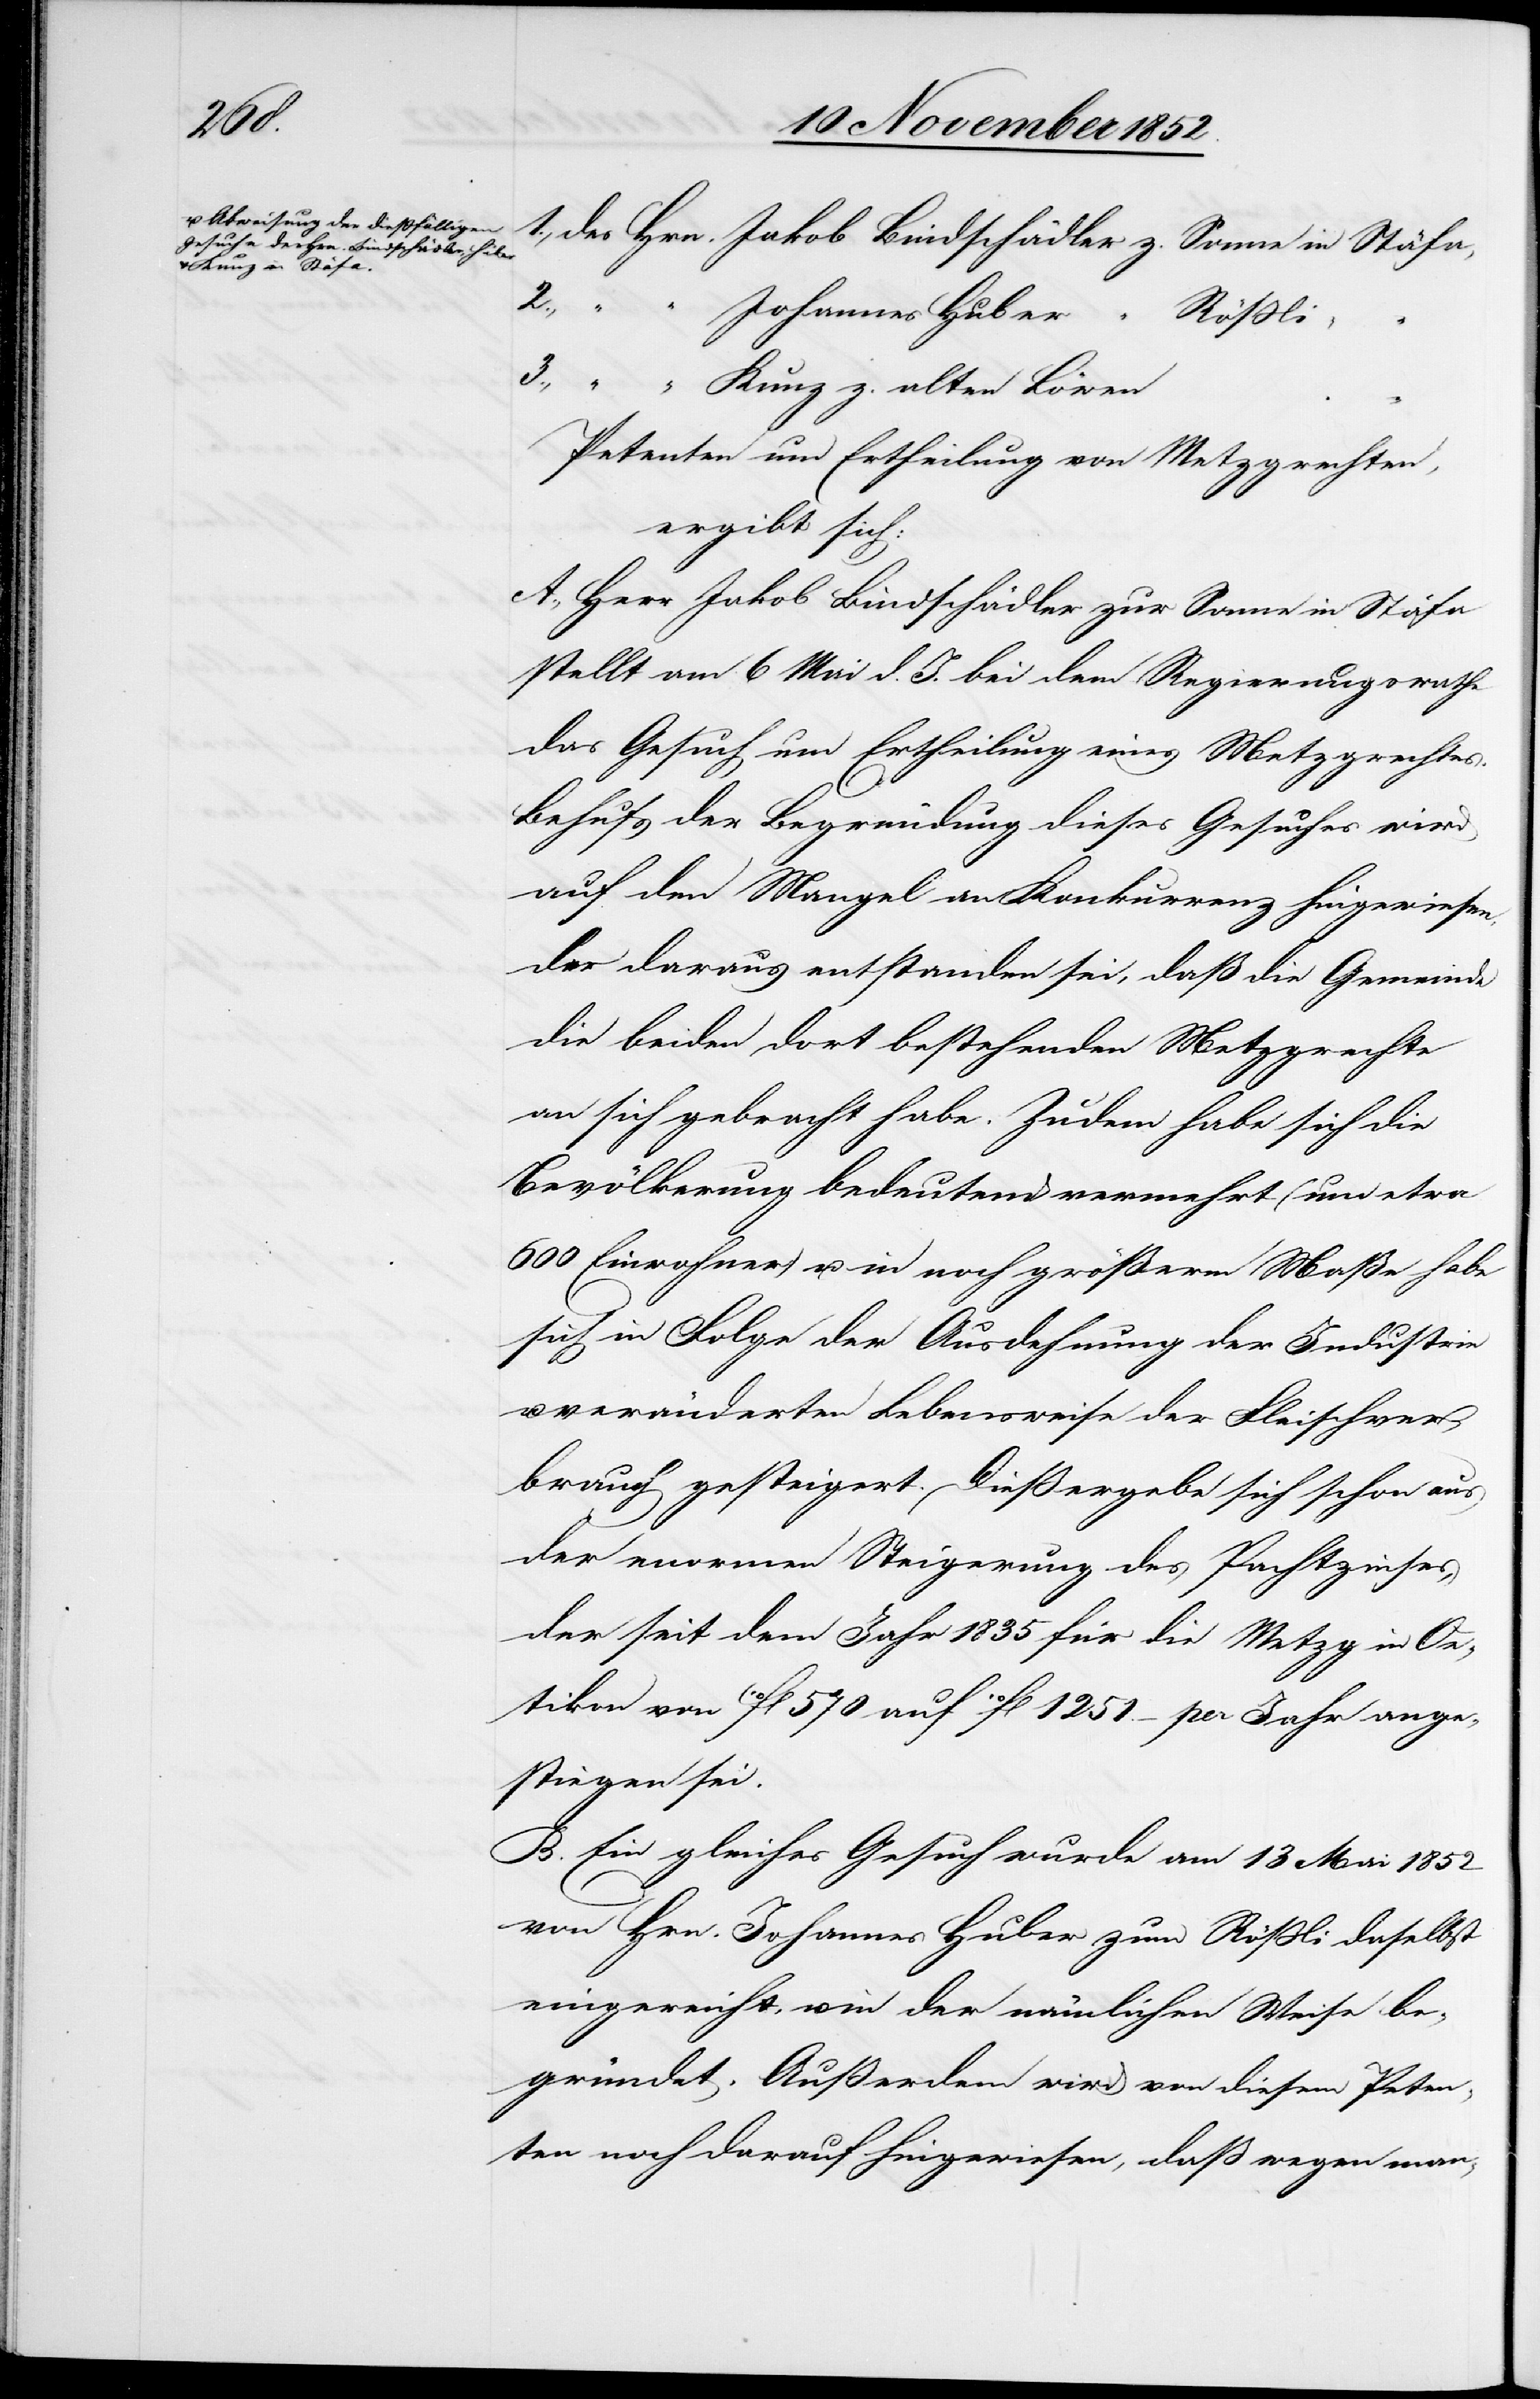
1., des Hrn. Jakob Bindschädler z. Sonne in Stäfa,
2.,
“ Johannes Huber “
Rößli
3., “ “ Kunz z. alten Löwen
Petenten um Ertheilung von Metzgrechten,
ergibt sich:
A., Herr Jakob Bindschädler zur Sonne in Stäfa
stellt am 6 Mai d. J. bei dem Regierungsrathe
das Gesuch um Ertheilung eines Metzgrechtes.
Behufs der Begründung dieses Gesuches wird
auf den Mangel an Konkurrenz hingewiesen,
der daraus entstanden sei, daß die Gemeinde
die beiden dort bestehenden Metzgrechte
an sich gebracht habe. Zudem habe sich die
Bevölkerung bedeutend vermehrt (um etwa
600 Einwohner) u. in noch größerm Maße habe
sich in Folge der Ausdehnung der Industrie
veränderten Lebensweise der Fleischver¬
brauch gesteigert. Dieß ergebe sich schon aus
der enormen Steigerung des Pachtzinses,
der seit dem Jahr 1835 für die Metzg in Oe¬
tikon von 10fl 570 auf 10fl 1251. – per Jahr ange¬
stiegen sei.
B. Ein gleiches Gesuch wurde am 13 Mai 1852
von Hrn. Johannes Huber zum Rößli daselbst
eingereicht, u. in der nämlichen Weise be¬
gründet. Außerdem wird von diesem Peten¬
ten noch darauf hingewiesen, daß wegen man-